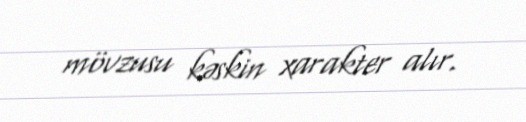
mövzusu kəskin xarakter alır.